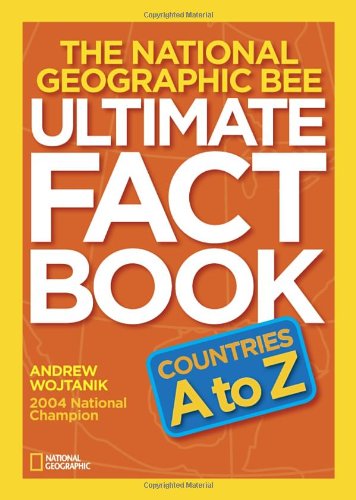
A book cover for National Geographic Bee Ultimate Fact Book:Countries A to Z; Andrew Wojtanik; Children's Books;